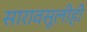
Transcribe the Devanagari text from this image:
सारावसूलीही